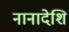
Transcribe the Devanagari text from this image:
नानादेशि